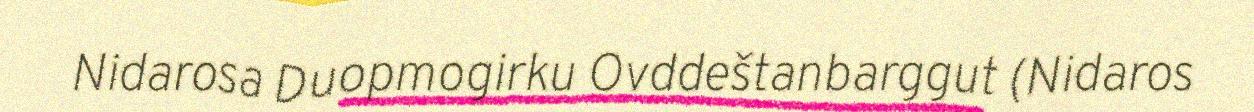
Nidarosa Duopmogirku Ovddeštanbarggut (Nidaros